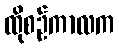
ထိုစဉ်ကာလက